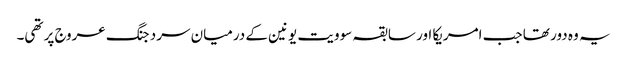
یہ وہ دور تھا جب امریکا اور سابقہ سوویت یونین کے درمیان سرد جنگ عروج پر تھی۔